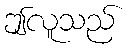
ဤလူသည်